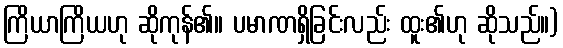
ကြိယာကြိယဟု ဆိုကုန်၏။ ပမာဏရှိခြင်းလည်း ထူး၏ဟု ဆိုသည်။)